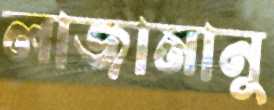
লাজামানু